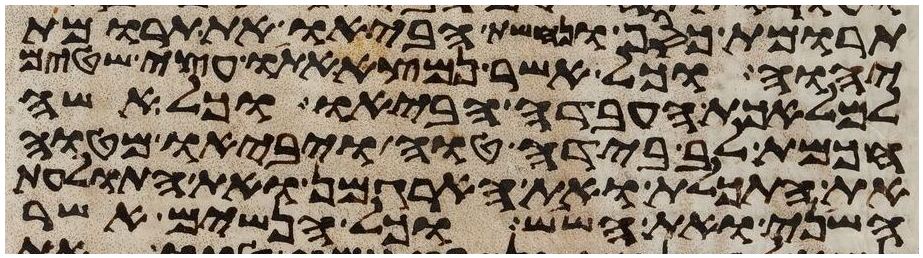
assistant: תרומת כסף ונחשת הביאו את תרומת
יהוה וכל אשר נמצא אתו עצי שטים
למלאכת העבדה הביאו וכל אשה
חכמת לב בידה טוה ויביאו מטוה
את התכלת ואת הארגמן ואת התולעת
השני ואת השש וכל הנשים אשר